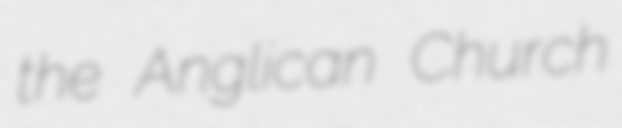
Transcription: the Anglican Church